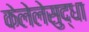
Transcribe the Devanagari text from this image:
केलेलेसुद्धा